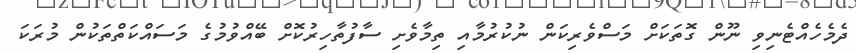
ދެމެހެއްޓެނިވި ނޫން ގޮތަކަށް މަސްވެރިކަން ނުކުރުމާއި ތިމާވެށި ސާފުތާހިރުކޮށް ބޭއްވުމުގެ މަސައްކަތްތަކުން މުރަކަ